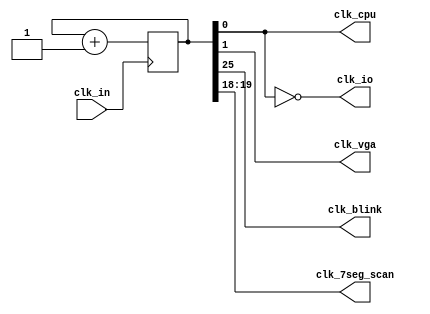
`timescale 1ns / 1ps
//////////////////////////////////////////////////////////////////////////////////
// Company: 
// Engineer: 
// 
// Design Name: 
// Module Name:    clk_div 
// Project Name: 
// Target Devices: 
// Tool versions: 
// Description: 
//
// Dependencies: 
//
// Revision: 
// Revision 0.01 - File Created
// Additional Comments: 
//
//////////////////////////////////////////////////////////////////////////////////
module clock_divider(
	input 	wire 	clk_in,
	output 	wire 	clk_cpu,
	output 	wire 	clk_io,
	output 	wire 	clk_vga,
	output	wire	clk_blink,
	output   wire  [1:0]clk_7seg_scan
	);
	
	reg [25:0]clk_div = 0;
	 
	always @(posedge clk_in)
		clk_div <= clk_div + 1;
		
	//OUTPUT Signals
//	assign clk_cpu = clk_in;
	assign clk_cpu = clk_div[0];	//50MHz, Note that 100MHz is not compatible for this design
	assign clk_io 	= ~clk_cpu;
	assign clk_vga	= clk_div[1];	//25MHz
	assign clk_7seg_scan = clk_div[19:18];
	assign clk_blink = clk_div[25];
	 
endmodule